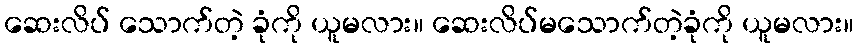
ဆေးလိပ် သောက်တဲ့ ခုံကို ယူမလား။ ဆေးလိပ်မသောက်တဲ့ခုံကို ယူမလား။